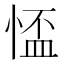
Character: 𢝙